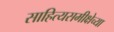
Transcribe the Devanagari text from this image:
साहित्यसमीक्षेच्या